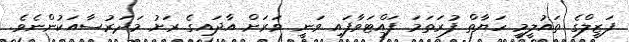
ފަޒީލްގެ ތައުލީމީ ހަޔާތް ފުރަތަމަ ފައްޓަވާފައި ވަނީ ވަރަށް އާދައިގެ ރަށު މަދަރުސާއަކުންނެވެ.